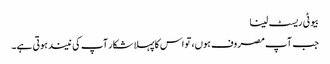
بیوٹی ریسٹ لینا
جب آپ مصروف ہوں، تو اس کاپہلا شکار آپ کی نیند ہوتی ہے۔